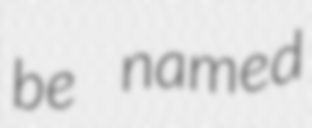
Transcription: be named